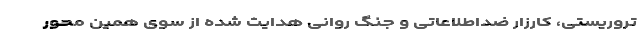
تروریستی، کارزار ضداطلاعاتی و جنگ روانی هدایت شده از سوی همین محور